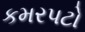
કમરપટો